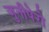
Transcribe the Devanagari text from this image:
जुनीपेरो